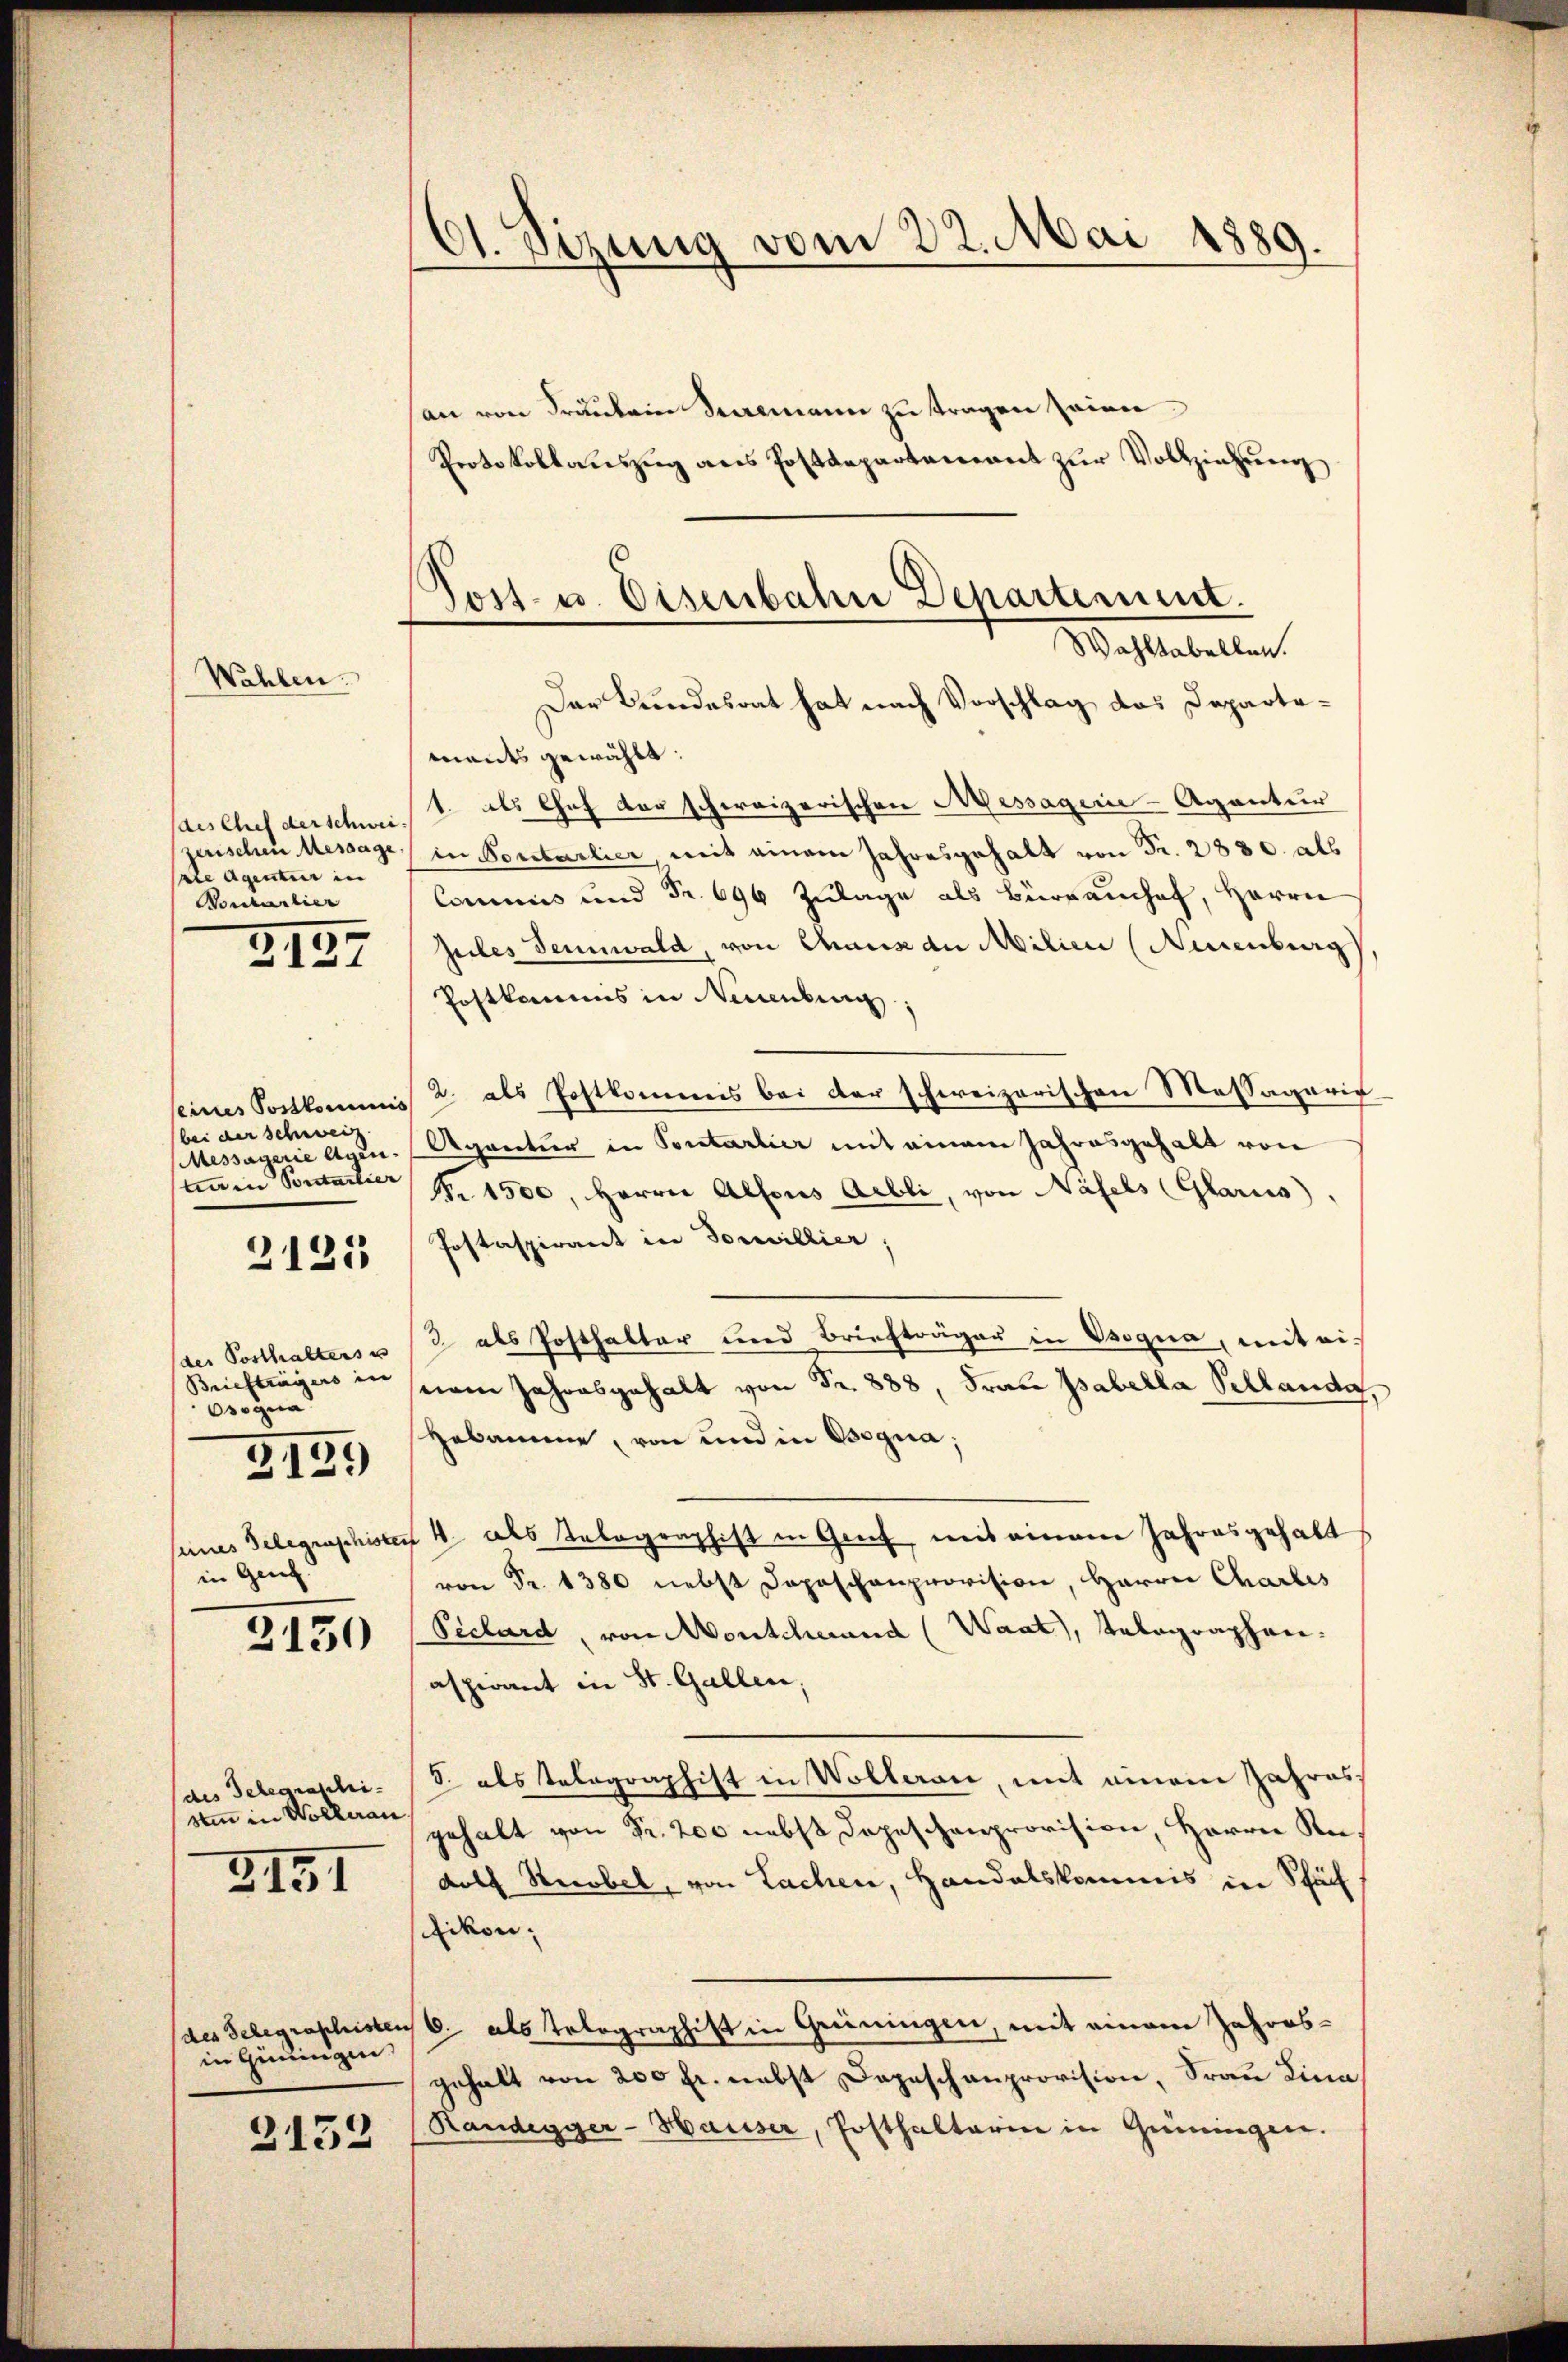
Wahlen.

des Chef der schwei-
zerischen Message
sale Agentur in
Vontarlier

2137

(bei der Schweiz.
Messayerie Agen.
tinen Sontartier

2125

(der Posthalters u
Briefträgers in
sogna
in Genf

3159

2130

(des Gelegraschisin in Wollerau

3151

in Geningen

2132

dt. Sizung vom 22. Mai 1889.

.
Jost- u. Eisenbahn Departement.
Wohltabellen.

an von Fräulein Seemann zu tragen seien.
Protokollauszug aus Postdepartement zur Vollziehung
Der Bundesrat hat nach Vorschlag das Departements gewählt:
1. als Chef der schweizerischen Messagerie-Agentur
in Portarlier, mit einem Jahresgehalt von Fr. 2880. all
Commis und Fr. 696 Zulage als Bürrauchet, Herrn
Zules dennwald, von Chaus an Milien Augenburg,
Postkammes in Neuenburg
seines Postkommnis 2. als Postkommis bei der schweizerischen Massagaris
Agrectier in Pontarlier mit einem Jahresgehalt von
Nr. 1500, Herrn Alfons Abli, von Näfels (Glarus
Postaspirant in Vorwillier,
2 als Posthalter und Briefträger in sogna, mit eisnem Jahresgehalt von Fr. 888, Frau Babella Sellande,
Hebamme, von und in Bequa;
seines Telegraphisten 4. als Telegraphist in Genf, mit einem Jahresgehalt
von Fr. 1380 nebst Depeschenprovision, Herrn Charbes
Peclard, von Montcherund (Waat), Telegraphen.
aspirant in St. Gallen,
S. als Telegraphist in Wolleran, mit einem Jahres-
gehalt von Fr. 200 nebst Depeschenprovision, Herrn Redolf Recobel, von Lachen, Handelskommis in Schäf
ikon;
des Telegraphisten 6. als Telegraphist in Greiningen, mit einem Jahres-
gehalt von 200 fr. nebst Depeschenprovision, Frau Lina
Randegger-Hauser, Posthalterin in Gemingen.